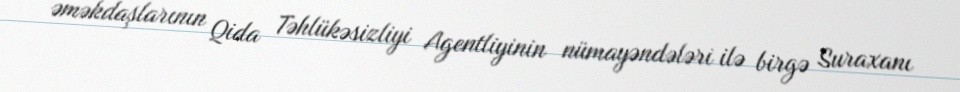
əməkdaşlarının Qida Təhlükəsizliyi Agentliyinin nümayəndələri ilə birgə Suraxanı